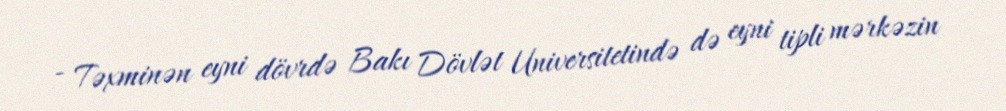
- Təxminən eyni dövrdə Bakı Dövlət Universitetində də eyni tipli mərkəzin